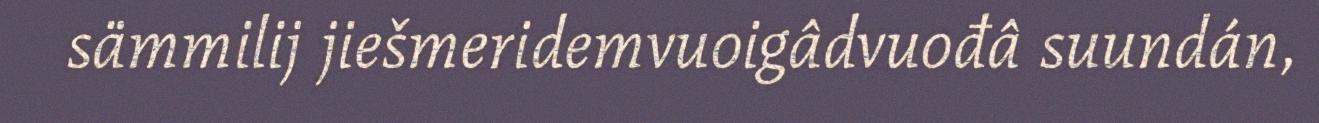
sämmilij jiešmeridemvuoigâdvuođâ suundán,